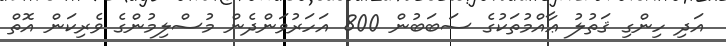
އަދި ހިންގި ޤަތުލު ޢާއްމުތަކުގެ ސަބަބުން 800 އަހަރުވަންދެން މުސްލިމުންގެ ވެރިކަން އޮތް